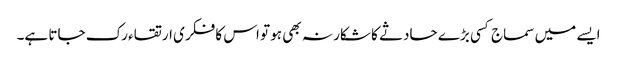
ایسے میں سماج کسی بڑے حادثے کا شکار نہ بھی ہو تو اس کا فکری ارتقاء رک جاتا ہے۔